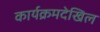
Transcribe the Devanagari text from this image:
कार्यक्रमदेखिल